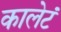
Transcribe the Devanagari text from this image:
कालेटं